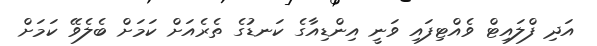
އަދި ފްލައިޓް ވެއްޓިފައި ވަނީ އިންޑިއާގެ ކަނޑުގެ ތެރެއަށް ކަމަށް ބެލެވޭ ކަމަށް